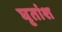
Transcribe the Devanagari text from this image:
घृतांश